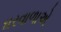
ઘરવાળાએ